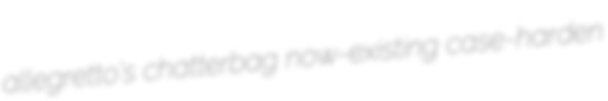
allegretto's chatterbag now-existing case-harden